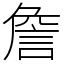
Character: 詹